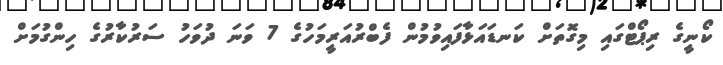
ކޯނީގެ ރިޕޯޓްގައި މިގޮތަށް ކަނޑައަޅާފައިވުމުން ފެބްރުއަރީމަހުގެ 7 ވަނަ ދުވަހު ސަރުކާރުގެ ހިންގުމަށް